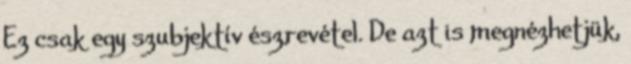
Ez csak egy szubjektív észrevétel. De azt is megnézhetjük,